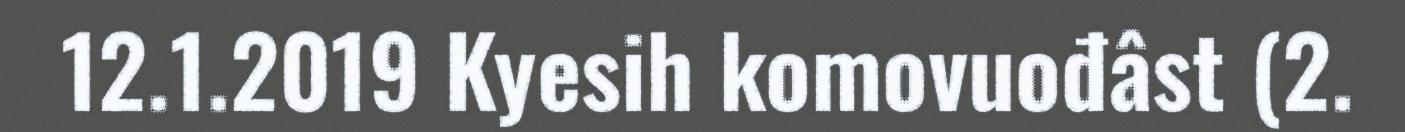
12.1.2019 Kyesih komovuođâst (2.